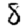
Digit: 8